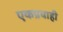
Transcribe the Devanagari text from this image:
एकप्रवाही